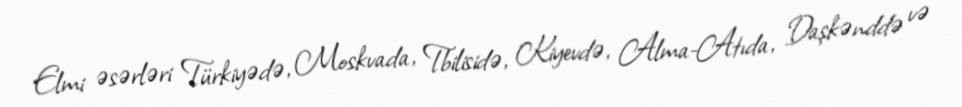
Elmi əsərləri Türkiyədə, Moskvada, Tbilisidə, Kiyevdə, Alma-Atıda, Daşkənddə və